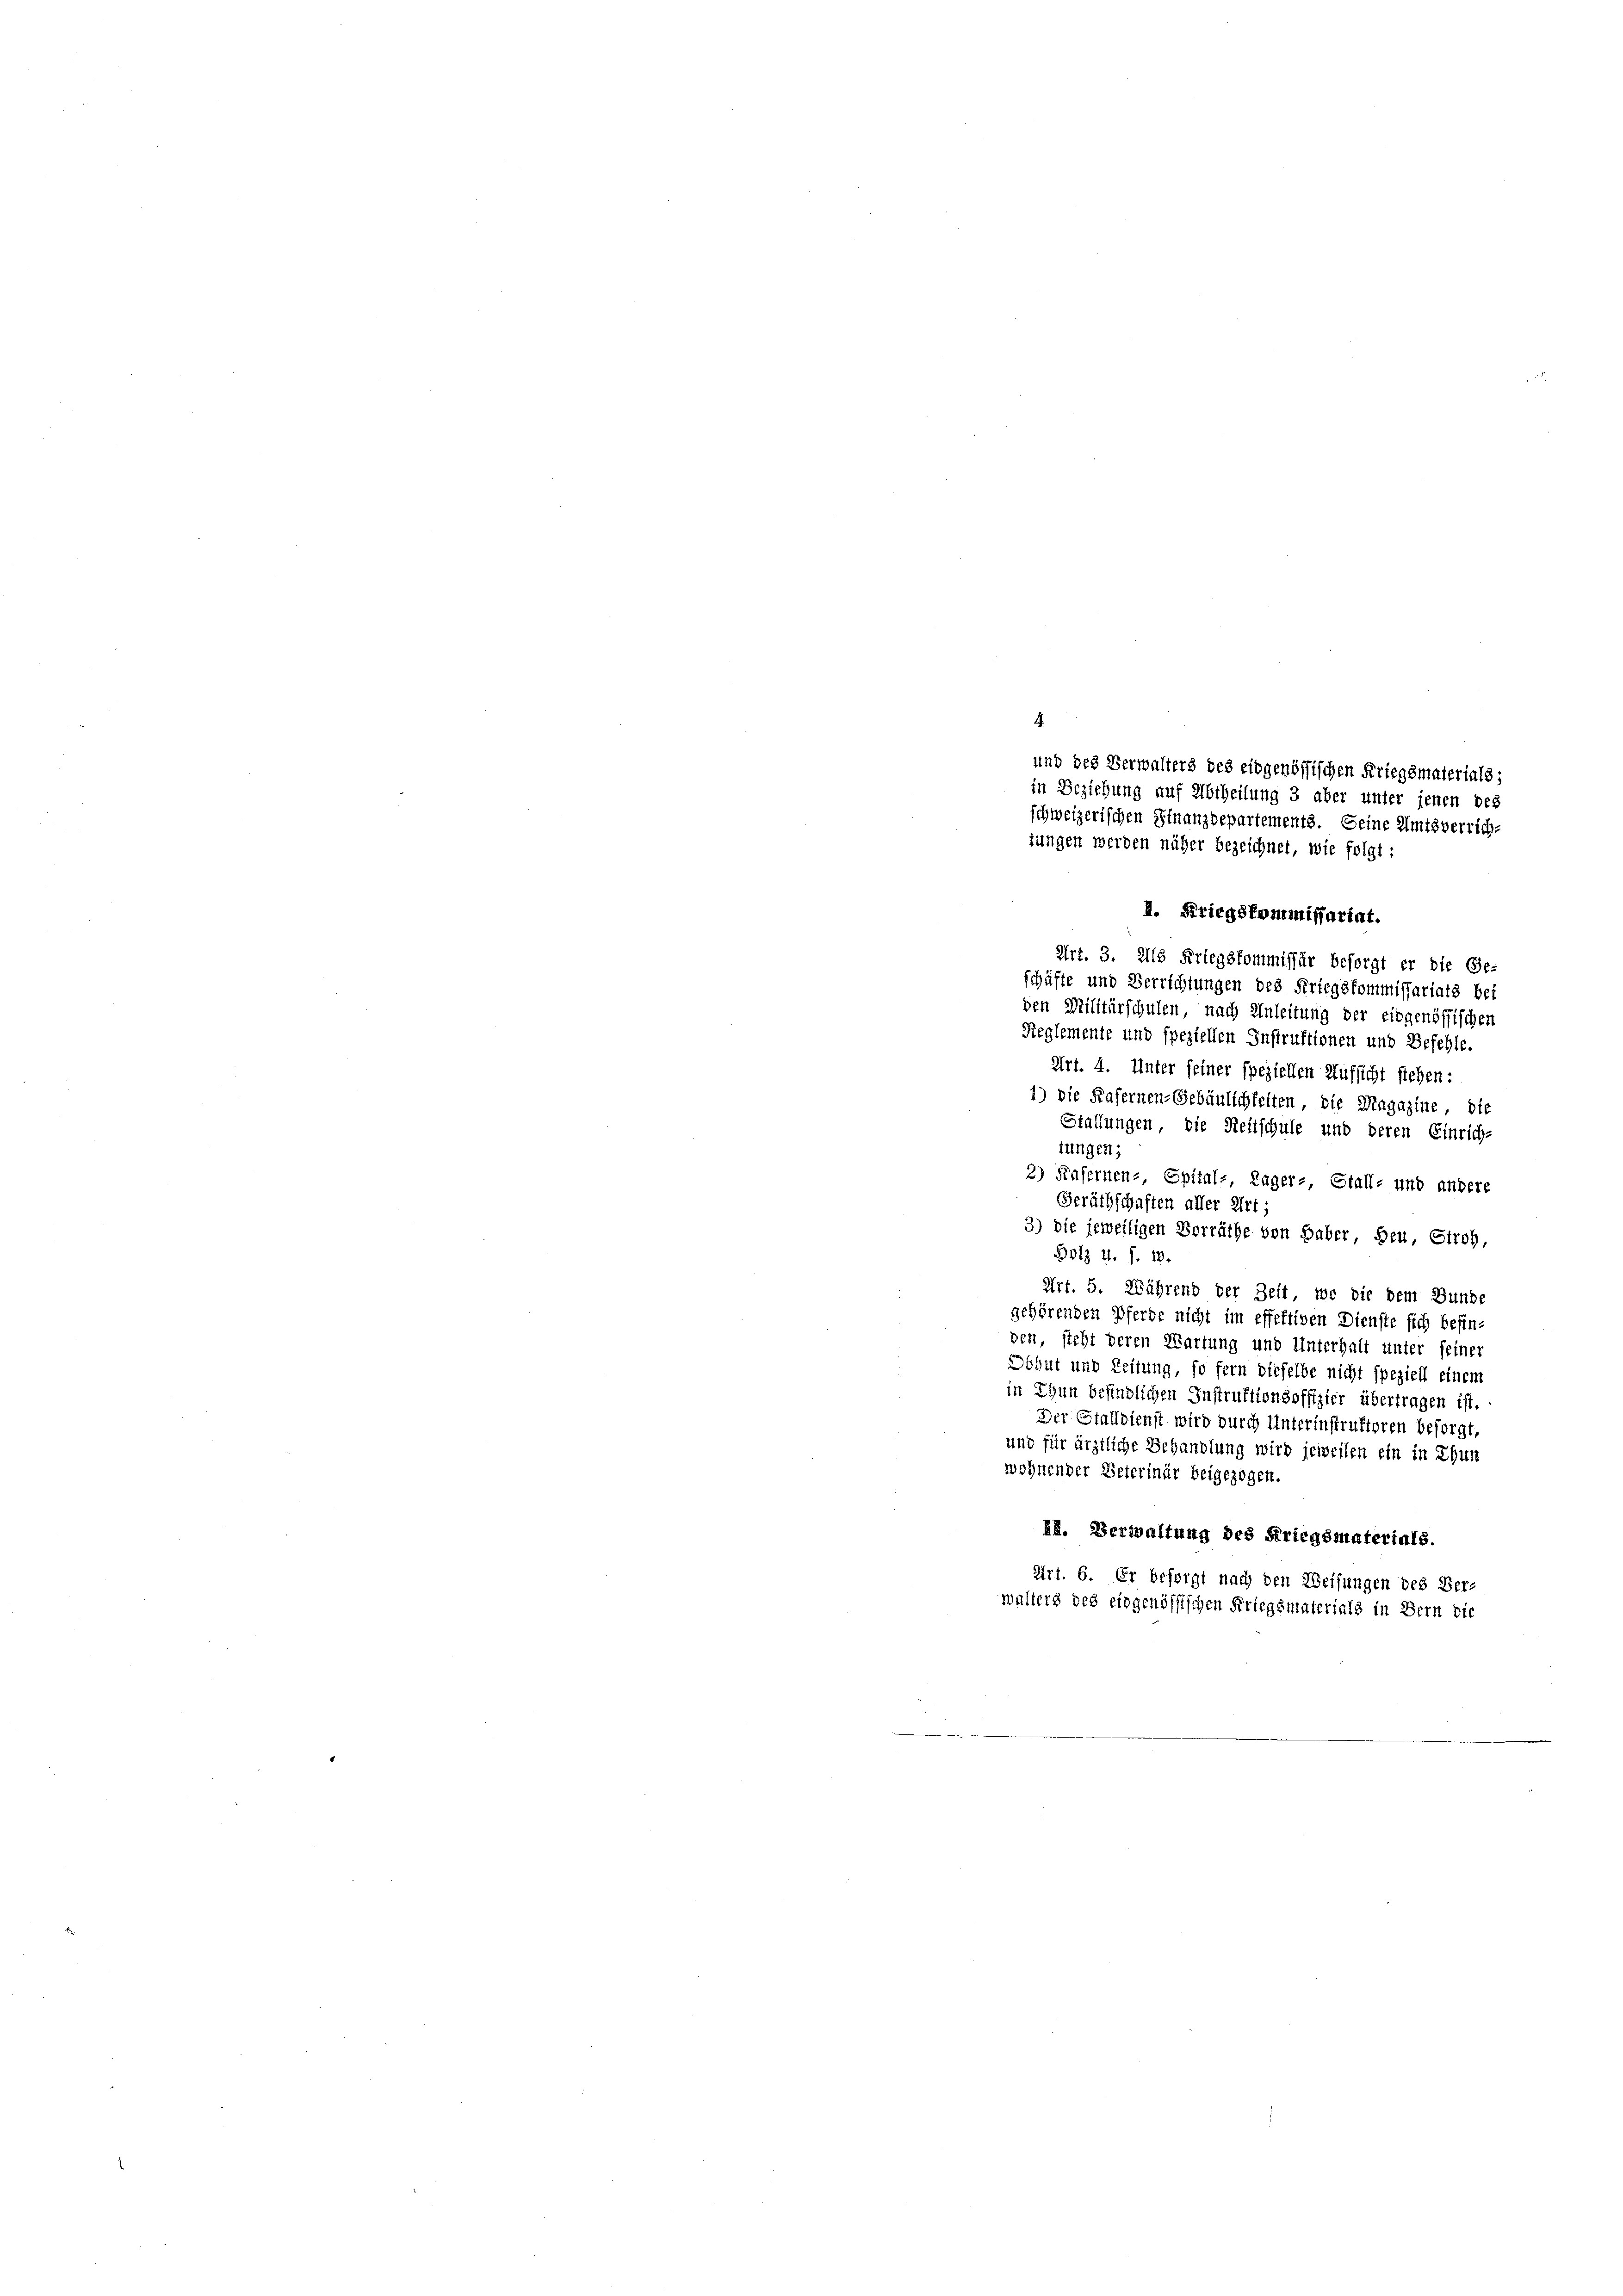
und des Verwalters des eidgenössischen Kriegsmaterials;
in Beziehung auf Abtheilung 3 aber unter jenen des
schweizerischen Schanzdepartements. Seine Amtsverrich
jungen werden näher bezeichnet, wie folgt:

4.

I. Kriegskommissariat.
Art. 3. Als Kriegskommissär besorgt er die Ge-
schäfte und Verrichtungen des Kriegskommissariats bei
den Militärschulen, nach Anleitung der eidgenössischen
Reglemente und speziellen Instruktionen und Befehle.
Art. 4. Unter seiner speziellen Aufsicht stehen:
1) die Kasernen-Gebäulichkeiten die Magazine, die
Stallungen, die Reitschule und deren Einrich-
tungen;
2) Kasernen- Epital- Lager-, Stall- und andere
Geräthschaften aller Art;
3) die jeweiligen Vorräthe von Haber, Heu, Stroh,
Bolz u. f. 1.
Art. 5. Während der Zeit, wo die dem Bunde
gehörenden Pferde nicht im effektiven Dienste sich befin-
den, steht deren Wartung und Unterhalt unter seiner
Dohut und Zeitung, so fern dieselbe nicht speziell einem
in Thun befindlichen Instruktionsoffizier übertragen ist.
Der Stalldienst wird durch Unterinstruktoren besorgt,
und für ärztliche Behandlung wird jeweilen ein in Thun
wohnender Peterinär beigezogen.
22. Verwaltung des Kriegsmaterials.
Art. 6. Er besorgt nach den Weisungen des Ver-
walters des eingenössischen Kriegsmaterials in Bern die